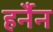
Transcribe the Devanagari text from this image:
हर्नैन